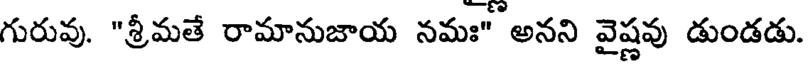
గురువు. "శ్రీమతే రామానుజాయ నమః" అనని వైష్ణవు డుండడు.